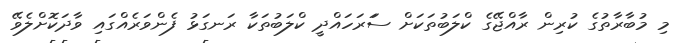
މި މުބާރާތުގެ ކުރިން ރާއްޖޭގެ ކްލަބުތަކަށް ސަަރަހައްދީ ކްލަބުތަކާ ރަނގަޅު ފެންވަރެއްގައި ވާދަކޮށްލެވޭ